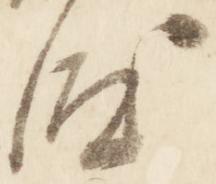
汰